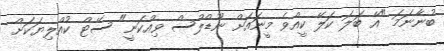
ބުނާނަމަ "އޭ ބަލަ ކަލޭ ކީއްވެ މީނައަށް ނޫޑްލްސް ވިއްކަނީ" ސޭޓް ކުއްލިޔަކަށް